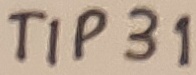
Text: TIP31